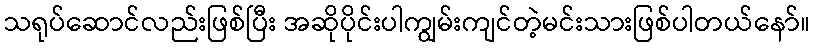
သရုပ်ဆောင်လည်းဖြစ်ပြီး အဆိုပိုင်းပါကျွမ်းကျင်တဲ့မင်းသားဖြစ်ပါတယ်နော်။